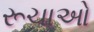
રૂચાઓ